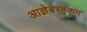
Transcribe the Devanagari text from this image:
आज्ञेबरहुकूम